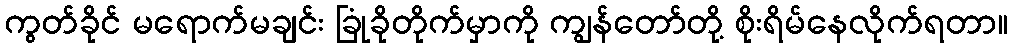
ကွတ်ခိုင် မရောက်မချင်း ခြုံခိုတိုက်မှာကို ကျွန်တော်တို့ စိုးရိမ်နေလိုက်ရတာ။